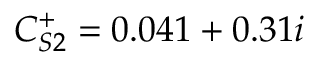
C _ { S 2 } ^ { + } = 0 . 0 4 1 + 0 . 3 1 i